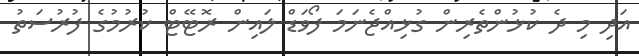
އަދި މި ދެ ކުޅުންތެރިން ގުޅިއްޖެނަމަ ފޯވަޑް ލައިން ރޮޓޭޓް ކުރުމުގެ ފުރުސަތު